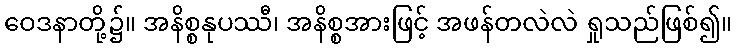
ဝေဒနာတို့၌။ အနိစ္စနုပဿီ၊ အနိစ္စအားဖြင့် အဖန်တလဲလဲ ရှုသည်ဖြစ်၍။